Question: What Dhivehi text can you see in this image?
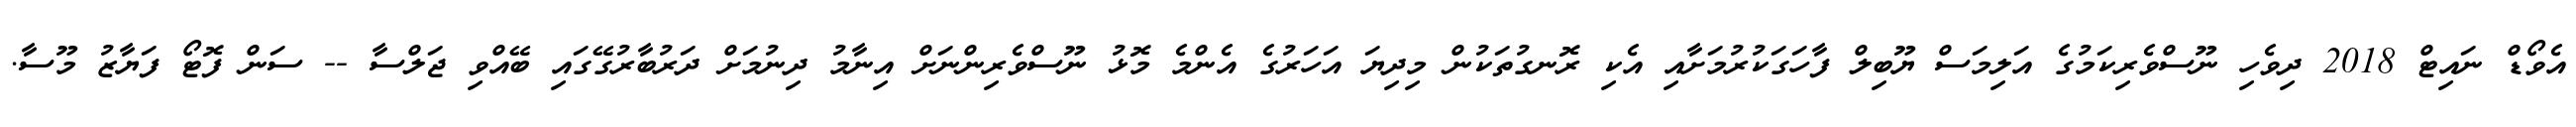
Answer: އެވޯޑް ނައިޓް 2018 ދިވެހި ނޫސްވެރިކަމުގެ އަލިމަސް ޔޫބިލް ފާހަގަކުރުމަށާއި އެކި ރޮނގުތަކުން މިދިޔަ އަހަރުގެ އެންމެ މޮޅު ނޫސްވެރިންނަށް އިނާމު ދިނުމަށް ދަރުބާރުގޭގައި ބޭއްވި ޖަލްސާ -- ސަން ފޮޓޯ ފަޔާޒު މޫސާ.